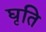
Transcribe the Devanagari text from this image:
घृति